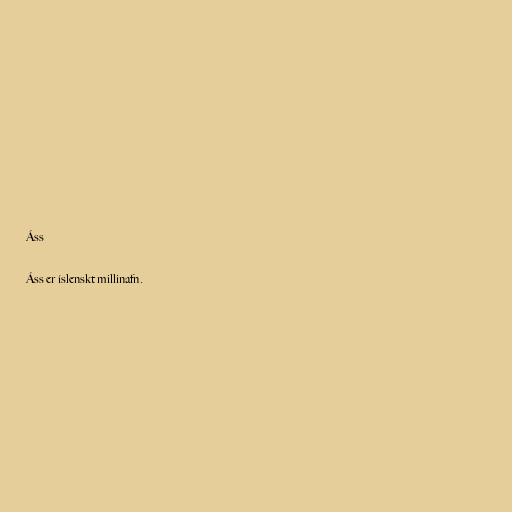
Áss

Áss er íslenskt millinafn.